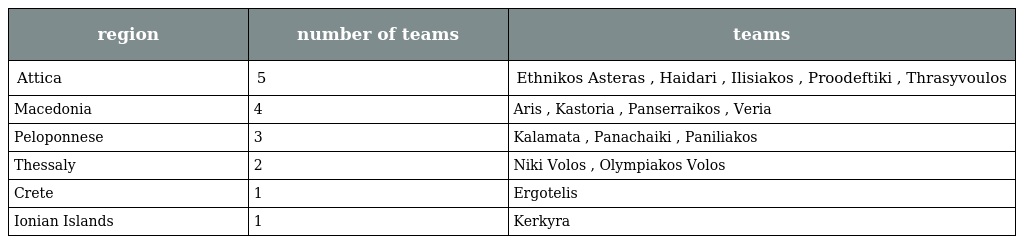
| region | number of teams | teams |
 | --- | --- | --- |
 | Attica | 5 | Ethnikos Asteras , Haidari , Ilisiakos , Proodeftiki , Thrasyvoulos |
 | Macedonia | 4 | Aris , Kastoria , Panserraikos , Veria |
 | Peloponnese | 3 | Kalamata , Panachaiki , Paniliakos |
 | Thessaly | 2 | Niki Volos , Olympiakos Volos |
 | Crete | 1 | Ergotelis |
 | Ionian Islands | 1 | Kerkyra |